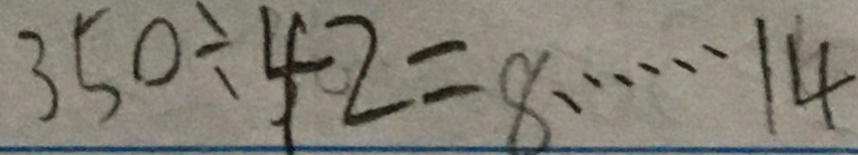
3 5 0 \div 4 2 = 8 \cdots 1 4